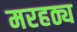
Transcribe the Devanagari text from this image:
मरहठ्य